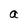
Character: a